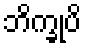
ဘိက္ခုပိ